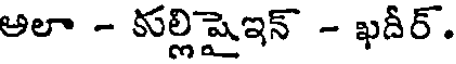
అలా - కుల్లిషైఇన్ - ఖదీర్.